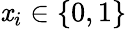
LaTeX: \mathit{x}_{i}\in\{ 0,1\}